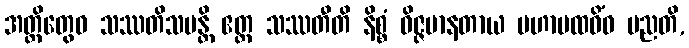
အတ္ထိတွေဝ သဿတိသမန္တိ ဧတ္ထ သဿတီတိ နိစ္စံ ဝိဇ္ဇမာနတာယ မဟာပထဝိံဝ မညတိ,